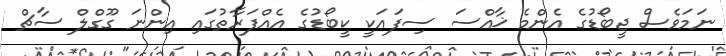
ނަމަވެސް ޖީބޯޑުގެ އެންމެ ޚާއްސަ ސިފައަކީ ކީބޯޑުގެ އެއްފަރާތުގައި އިންނަ ގޫގްލް ސާޗް